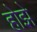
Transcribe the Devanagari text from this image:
होझे